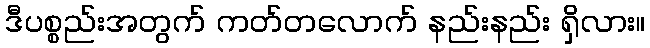
ဒီပစ္စည်းအတွက် ကတ်တလောက် နည်းနည်း ရှိလား။